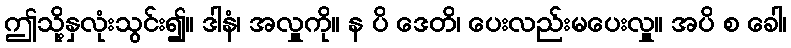
ဤသို့နှလုံးသွင်း၍။ ဒါနံ၊ အလှူကို။ န ပိ ဒေတိ၊ ပေးလည်းမပေးလှူ။ အပိ စ ခေါ၊